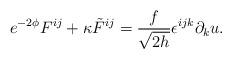
LaTeX: \begin{align*}e^{-2\phi}F^{ij}+\kappa {\tilde F}^{ij}=\frac{f}{\sqrt{2h}}\epsilon^{ijk}\partial_ku.\end{align*}